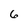
Character: 6